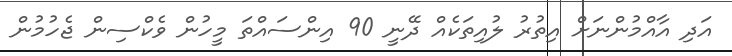
އަދި އާއްމުންނަށް އިތުރު ލުއިތަކެއް ދޭނީ 90 އިންސައްތަ މީހުން ވެކްސިން ޖެހުމުން